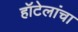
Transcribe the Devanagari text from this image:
हॉटेलांचा